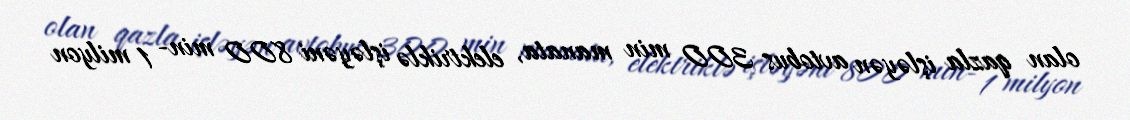
olan qazla işləyən avtobus 300 min manata, elektriklə işləyəni 800 min- 1 milyon